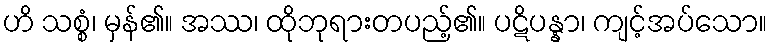
ဟိ သစ္စံ၊ မှန်၏။ အဿ၊ ထိုဘုရားတပည့်၏။ ပဋိပန္နာ၊ ကျင့်အပ်သော။